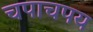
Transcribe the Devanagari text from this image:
चपाचपय